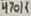
Text: 470K